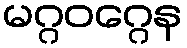
မဂ္ဂဝဂ္ဂေန